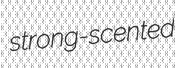
strong-scented